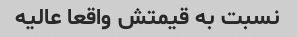
نسبت به قیمتش واقعا عالیه